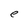
Character: e